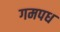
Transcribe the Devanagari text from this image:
गमपध